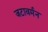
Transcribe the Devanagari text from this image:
जटावर्मन